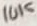
Text: 10K